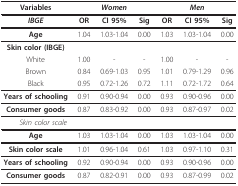
| Variables | <COLSPAN=3> Women | <COLSPAN=3> Men |
 | --- | --- | --- | --- | --- | --- | --- |
 | IBGE | OR | CI 95% | Sig | OR | CI 95% | Sig |
 | Age | 1.04 | 1.03-1.04 | 0.00 | 1.03 | 1.03-1.04 | 0.00 |
 | Skin color (IBGE) |  |  |  |  |  |  |
 | White | 1.00 | - | - | 1.00 | - | - |
 | Brown | 0.84 | 0.69-1.03 | 0.95 | 1.01 | 0.79-1.29 | 0.96 |
 | Black | 0.95 | 0.72-1.26 | 0.72 | 1.11 | 0.72-1.72 | 0.64 |
 | Years of schooling | 0.91 | 0.90-0.94 | 0.00 | 0.93 | 0.90-0.96 | 0.00 |
 | Consumer goods | 0.87 | 0.83-0.92 | 0.00 | 0.93 | 0.87-0.97 | 0.02 |
 | Skin color scale |  |  |  |  |  |  |
 | Age | 1.03 | 1.03-1.04 | 0.00 | 1.03 | 1.03-1.04 | 0.00 |
 | Skin color scale | 1.01 | 0.96-1.04 | 0.61 | 1.03 | 0.97-1.10 | 0.31 |
 | Years of schooling | 0.92 | 0.90-0.94 | 0.00 | 0.93 | 0.90-0.96 | 0.00 |
 | Consumer goods | 0.87 | 0.82-0.91 | 0.00 | 0.93 | 0.87-0.99 | 0.02 |